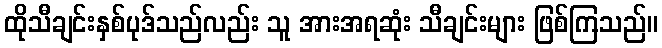
ထိုသီချင်းနှစ်ပုဒ်သည်လည်း သူ အားအရဆုံး သီချင်းများ ဖြစ်ကြသည်။